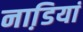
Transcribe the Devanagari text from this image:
नाडि़यां